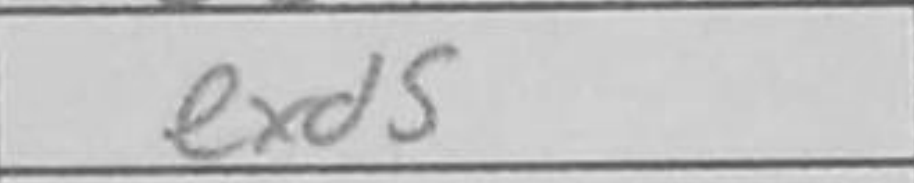
Transcription: exd5